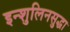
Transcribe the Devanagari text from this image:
इन्शुलिनसुद्धा